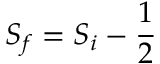
{ S } _ { f } = { S } _ { i } - \frac { 1 } { 2 }